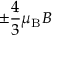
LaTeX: \pm { \frac { 4 } { 3 } } \mu _ { \mathrm { { B } } } B